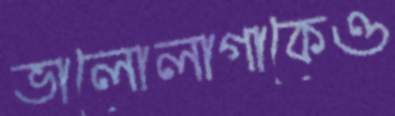
ভালোলাগাকেও